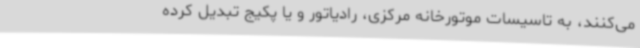
می‌کنند، به تاسیسات موتورخانه مرکزی، رادیاتور و یا پکیج تبدیل کرده